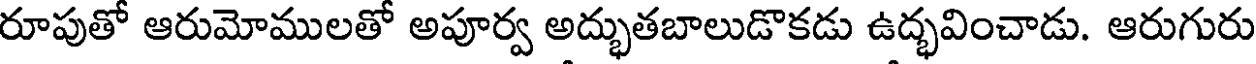
రూపుతో ఆరుమోములతో అపూర్వ అద్భుతబాలుడొకడు ఉద్భవించాడు. ఆరుగురు